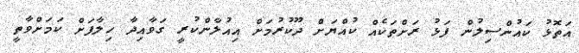
އަތޮޅު ކައުންސިލުން ފަޅު ރަށްތަކެއް ކުއްޔަށް ދޫކުރުމަށް އިއުލާންކުރީ ގަވާއިދާ ހިލާފަށް ކަމަށްވާތީ